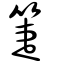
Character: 箑